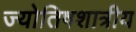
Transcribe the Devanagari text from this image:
ज्योतिषशात्रीय